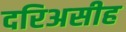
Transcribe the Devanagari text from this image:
दरिअसीह